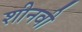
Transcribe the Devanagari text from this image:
शीनवी